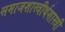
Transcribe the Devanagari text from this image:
समाजशास्त्रीर्थशास्त्री